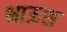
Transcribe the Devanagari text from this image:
भाऊश